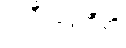
ဗလီဗဒ္ဒေဟီတိ